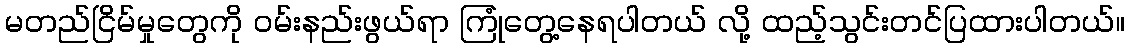
မတည်ငြိမ်မှုတွေကို ဝမ်းနည်းဖွယ်ရာ ကြုံတွေ့နေရပါတယ် လို့ ထည့်သွင်းတင်ပြထားပါတယ်။